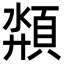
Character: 頮